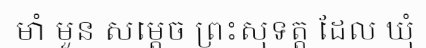
មាំ មួន សម្តេច ព្រះសុទត្ត ដែល ឃុំ